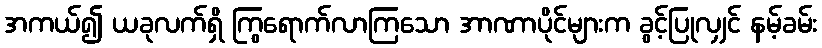
အကယ်၍ ယခုလက်ရှိ ကြွရောက်လာကြသော အာဏာပိုင်များက ခွင့်ပြုလျှင် နမ့်ခမ်း